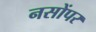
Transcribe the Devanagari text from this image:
नसोंपर